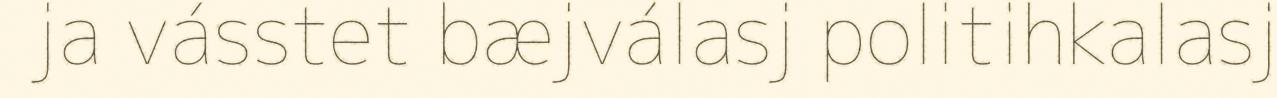
ja vásstet bæjválasj politihkalasj